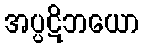
အပ္ပဋိဘယော